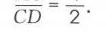
$\overline{CD}=\frac{}{2}\cdot$